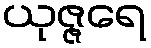
ယုဇ္ဇရေ